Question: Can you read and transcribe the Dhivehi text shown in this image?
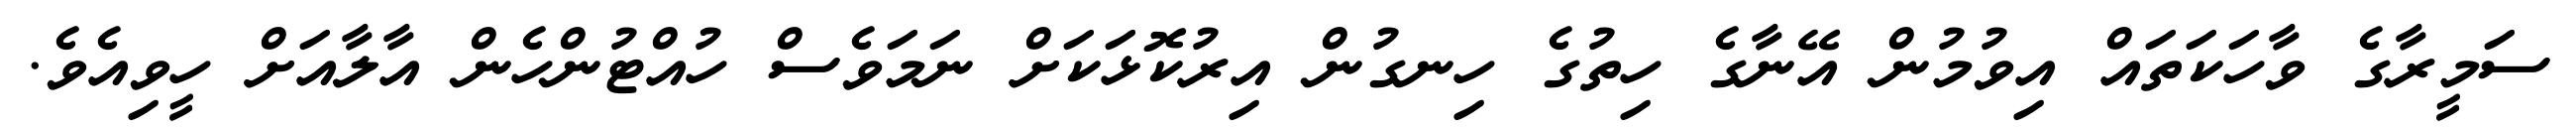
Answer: ސަމީރާގެ ވާހަކަތައް އިވުމުން އޭނާގެ ހިތުގެ ހިނގުން އިރުކޮޅަކަށް ނަމަވެސް ހުއްޓުންހެން އާލާއަށް ހީވިއެވެ.